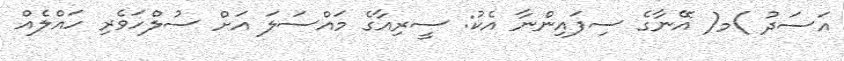
އަސަދު )މ( އޭނާގެ ސިފައިންނާ އެކު: ސީރިއާގެ މައްސަލަ އަށް ސުލްހަވެރި ހައްލެއް